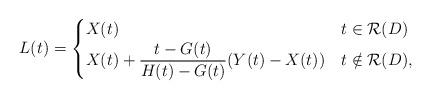
LaTeX: \begin{align*} L(t) &= \begin{cases} X(t) & t \in \mathcal R(D) \\ X(t) + \dfrac{t-G(t)}{H(t) - G(t)}(Y(t) - X(t)) & t\notin \mathcal R(D), \end{cases} \end{align*}